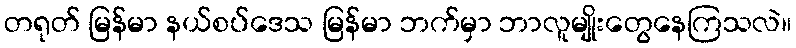
တရုတ် မြန်မာ နယ်စပ်ဒေသ မြန်မာ ဘက်မှာ ဘာလူမျိုးတွေနေကြသလဲ။